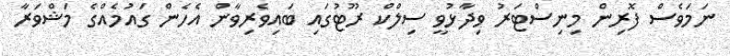
ނަމަވެސް ފޮރިން މިނިސްޓަރު ވިދާޅުވީ ސިލްކް ރޫޓުގައި ބައިވެރިވާން އެހެން ގައުމެއްގެ މަޝްވަރާ